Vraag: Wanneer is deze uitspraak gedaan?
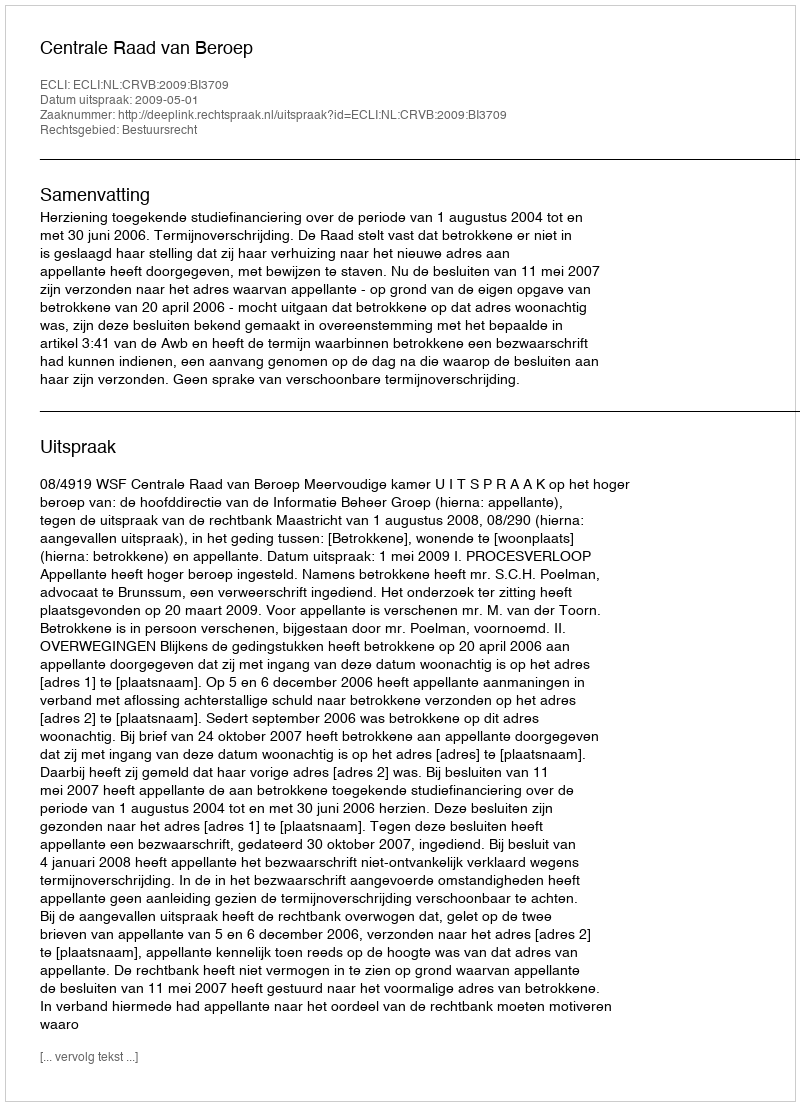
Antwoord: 2009-05-01